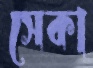
সেকা